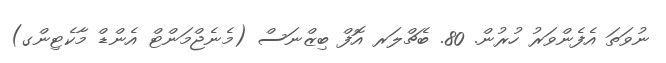
ނުވަތަ އެފެންވަރު ހުރުން. 80. ބެޗްލަރ އޮފް ބިޒްނަސް (މެނެޖްމަންޓް އެންޑް މާކެޓިންގ)